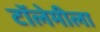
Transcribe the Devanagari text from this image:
टॉलेमीला